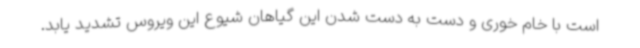
است با خام خوری و دست به دست شدن این گیاهان شیوع این ویروس تشدید یابد.